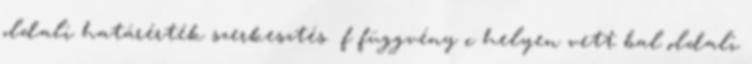
oldali határérték szerkesztés f függvény c helyen vett bal oldali